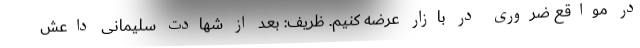
در مواقع ضروری در بازار عرضه کنیم. ظریف: بعد از شهادت سلیمانی داعش